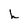
Character: h